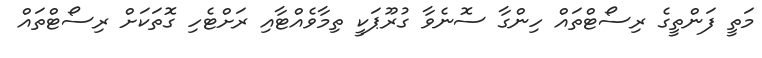
މަތީ ފަންތީގެ ރިސޯޓްތައް ހިންގާ ސޮނެވާ ގުރޫޕަކީ ތިމާވެއްޓާއި ރަށްޓެހި ގޮތަކަށް ރިސޯޓްތައް